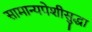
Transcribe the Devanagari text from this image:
सामान्यपेशीसुद्धा